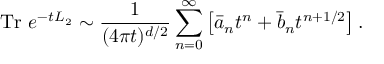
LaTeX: \mathrm { T r } ~ e ^ { - t L _ { 2 } } \sim { \frac { 1 } { ( 4 \pi t ) ^ { d / 2 } } } \sum _ { n = 0 } ^ { \infty } \left[ \bar { a } _ { n } t ^ { n } + \bar { b } _ { n } t ^ { n + 1 / 2 } \right] .